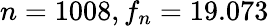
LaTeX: n=1008,f_{n}=19.073